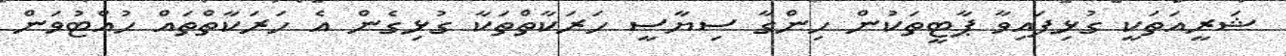
ޝަރީއަތަކީ ގުޅިފައިވާ ޕާޓީތަކުން ހިންގާ ސިޔާސީ ހަރަކާތްތަކާ ގުޅިގެން އެ ހަރަކާތްތައް ހުއްޓުވަން